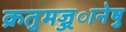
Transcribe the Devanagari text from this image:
क्रतुमज्ज्ानेषु